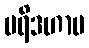
ပရိဒဟာမ